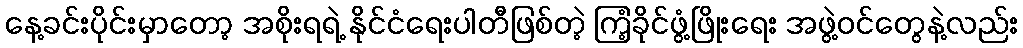
နေ့ခင်းပိုင်းမှာတော့ အစိုးရရဲ့ နိုင်ငံရေးပါတီဖြစ်တဲ့ ကြံ့ခိုင်ဖွံ့ဖြိုးရေး အဖွဲ့ဝင်တွေနဲ့လည်း